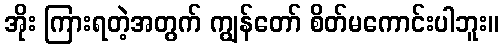
အိုး ကြားရတဲ့အတွက် ကျွန်တော် စိတ်မကောင်းပါဘူး။